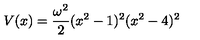
V ( x ) = { \frac { \omega ^ { 2 } } { 2 } } ( x ^ { 2 } - 1 ) ^ { 2 } ( x ^ { 2 } - 4 ) ^ { 2 }